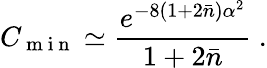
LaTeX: C_{\mathrm{~m~i~n~}}\simeq\frac{e^{-8(1+2\bar{n})\alpha^{2}}}{1+2\bar{n}}\ .